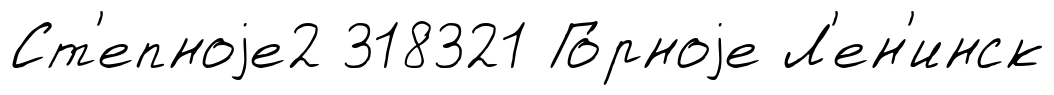
Ст'епноjе2 318321 Го́рноjе Л'ен'инск